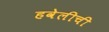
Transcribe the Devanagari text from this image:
हवेलीची